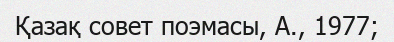
Қазақ совет поэмасы, А., 1977;